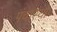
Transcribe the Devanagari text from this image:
पंचास्यो